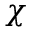
\chi